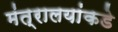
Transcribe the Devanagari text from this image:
मंत्रालयांकडे